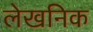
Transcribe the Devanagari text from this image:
लेखनिक